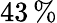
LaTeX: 43\, \%